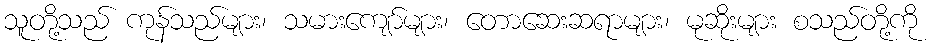
သူတို့သည် ကုန်သည်များ၊ သမားကျော်များ၊ တောဆေးဆရာများ၊ မုဆိုးများ စသည်တို့ကို